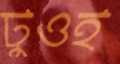
টুওই